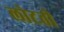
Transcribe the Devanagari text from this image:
लोटती